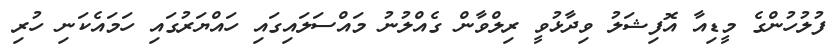
ފުލުހުންގެ މީޑިއާ އޮފިޝަލު ވިދާޅުވީ ރިލްވާން ގެއްލުނު މައްސަލައިގައި ހައްޔަރުގައި ހަމައެކަނި ހުރި